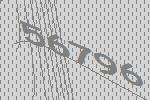
56796